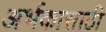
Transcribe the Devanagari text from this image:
अर्भकासाठी